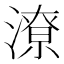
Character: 潦